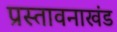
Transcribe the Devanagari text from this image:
प्रस्तावनाखंड